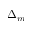
\Delta _ { m }